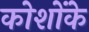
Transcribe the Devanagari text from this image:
कोशोंके